Lunatic asylums Bombay report 1878-1890 - 1878-1890
Year: 1878
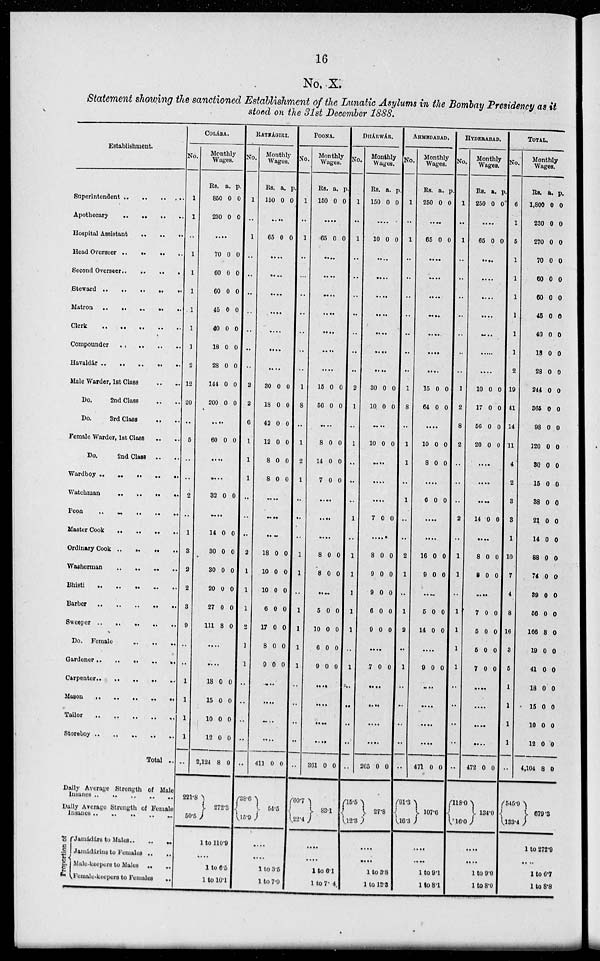
16
No. X.
Statement showing the sanctioned Establishment of the Lunatic Asylums in the Bombay Presidency as it
stood on the 31st December 1888.
Establishment.
Superintendent
..
..
..
..
Apothecary .. .. .. ..
Hospital Assistant
..
..
..
Head Overseer .. .. .. ..
Second Overseer .. .. .. ..
Steward .. .. .. .. ..
Matron .. .. .. .. ..
Clerk .. .. .. .. ..
Compounder .. .. .. .. ..
Hawaldár .. .. .. .. ..
Male Warder, 1st Class .. ..
Do.
2nd Class .. ..
Do.
3rd Class .. ..
Female Warder, 1st Class .. ..
Do.
2nd Class .. ..
Wardboy .. .. .. .. ..
Watchman .. .. .. ..
Peon
..
..
..
..
..
Master Cook .. .. .. ..
Ordinary Cook .. .. .. ..
Washerman .. .. .. ..
Bhisti .. .. .. .. ..
Barber .. .. .. .. ..
Sweeper .. .. .. .. .. ..
Do. Female .. .. .. ..
Gardener .. .. .. .. ..
Carpenter .. .. .. .. ..
Mason .. .. .. .. .. ..
Tailor .. .. .. .. .. ..
Storeboy .. .. .. .. .. ..
Total ..
Daily Average Strength of Male
Insanes .. .. .. .. ..
Daily Arerage Strength of Female
lnsanes..
..
..
..
..
..
Proportion of
Jamádárs to Males..
..
..
Jamádárins to Females ..
..
Male-keepers to Males .. ..
Female-keepers to Females
..
COLÁBA.
No.
1
1
..
1
1
1
1
1
1
2
12
20
..
5
..
..
2
..
1
3
2
2
3
9
..
..
..
..
..
..
..
Monthly
Wages.
Rs.
850
230
a.
0
0
p.
0
0
....
70
60
60
45
40
18
28
144
200
0
0
0
0
0
0
0
0
0
0
0
0
0
0
0
0
0
0
....
60 0 0
....
....
32 0 0
....
14
30
30
20
27
111
0
0
0
0
0
8
0
0
0
0
0
0
....
....
18
15
10
12
2,124
221.8
50.5
0
0
0
0
8
0
0
0
0
0
272.3
1 to 110.9
....
1 to 6.5
1 to 10.1
RATNÁGIRI.
No.
1
..
1
..
..
..
..
..
..
..
2
2
6
1
1
1
..
..
..
2
1
1
1
2
1
1
..
..
..
..
..
Monthly
Wages.
Rs.
150
a.
0
p.
0
....
65 0 0
....
....
....
....
....
....
....
30
18
42
12
8
8
0
0
0
0
0
0
0
0
0
0
0
0
....
....
....
18
10
10
6
17
8
9
0
0
0
0
0
0
0
0
0
0
0
0
0
0
...
....
....
....
411
38.6
15.9
0 0
54.5
....
....
1 to 3.5
1 to 7.9
POONA.
No.
1
..
1
..
..
..
..
..
..
..
1
8
..
1
2
1
..
..
..
1
1
1
1
1
1
..
..
..
..
..
Monthly
Wages.
Rs.
150
a.
0
p.
0
....
65 0 0
....
....
....
....
....
....
....
15
56
0
0
0
0
....
8
14
7
0
0
0
0
0
0
....
....
....
8
8
0
0
0
0
....
5
10
6
9
0
0
0
0
0
0
0
0
....
....
....
....
361
60.7
22.4
0 0
83.1
....
....
1 to 6.1
1 to 7.4
DHÁRWÁR.
No.
1
..
1
..
..
..
..
..
..
..
2
1
..
1
..
..
..
1
..
1
1
1
1
1
..
1
..
..
..
..
..
Monthly
Wages.
Rs.
150
a.
0
p.
0
....
10 0 0
....
....
....
....
....
....
....
30
10
0
0
0
0
....
10 0 0
....
....
....
7 0 0
.....
8
9
9
6
9
0
0
0
0
0
0
0
0
0
0
....
.7 0 0
....
....
....
....
205
15.5
12.3
0 0
27.8
....
....
1 to 3.8
1 to 12.3
AHMEDABAD.
No.
1
..
1
..
..
..
..
..
..
..
1
8
..
1
1
..
1
..
..
2
1
..
1
2
..
1
..
..
..
..
..
Monthly
Wages.
Rs.
250
a.
0
p.
0
....
65 0 0
....
....
....
....
....
....
....
15
64
0
0
0
0
....
10
8
0
0
0
0
....
6 0 0
....
....
16
9
0
0
0
0
....
5
14
0
0
0
0
....
9 0 0
....
....
....
....
471
91.3
16.3
0 0
107.6
....
....
1 to 9.1
1 to 8.1
HYDERABAD.
No.
1
..
1
..
..
..
..
..
..
..
1
2
8
2
..
..
..
2
..
1
1
..
1
1
1
1
..
..
..
..
..
Monthly
Wages.
Rs.
250
a.
0
p.
0
....
65 0 0
....
....
....
....
....
....
10
17
56
20
0
0
0
0
0
0
0
0
....
....
....
14 0 0
....
8
8
0
0
0
0
....
7
5
5
7
0
0
0
0
0
0
0
0
....
....
....
....
472
118.0
16.0
0 0
134.0
....
....
1 to 9.0
1 to 8.0
TOTAL.
No.
6
1
5
1
1
1
1
1
1
2
19
41
14
11
4
2
3
3
1
10
7
4
8
16
3
5
1
1
1
1
..
Monthly
Wages.
Rs.
1,800
230
270
70
60
60
45
40
18
28
244
365
98
120
30
15
38
21
14
88
74
39
56
166
19
41
18
15
10
12
4,104
546.9
133.4
a.
0
0
0
0
0
0
0
0
0
0
0
0
0
0
0
0
0
0
0
0
0
0
0
8
0
0
0
0
0
0
8
p.
0
0
0
0
0
0
0
0
0
0
0
0
0
0
0
0
0
0
0
0
0
0
0
0
0
0
0
0
0
0
0
679.3
1 to 272.9
1 to 6.7
1 to 8.8